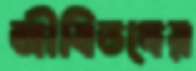
জীবিতদের